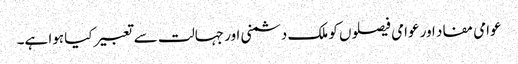
عوامی مفاد اور عوامی فیصلوں کو ملک دشمنی اور جہالت سے تعبیر کیا ہوا ہے۔